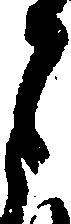
月